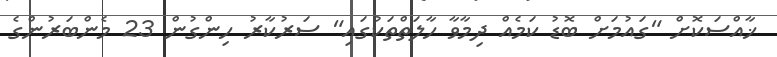
ޚާއްސަކޮށް "ގައުމަށް ބޮޑު ކަމެއް ދިމާވާ ހާލަތްތަކުގައި" ސަރުކާރު ހިންގުން 23 މެންބަރުންގެ